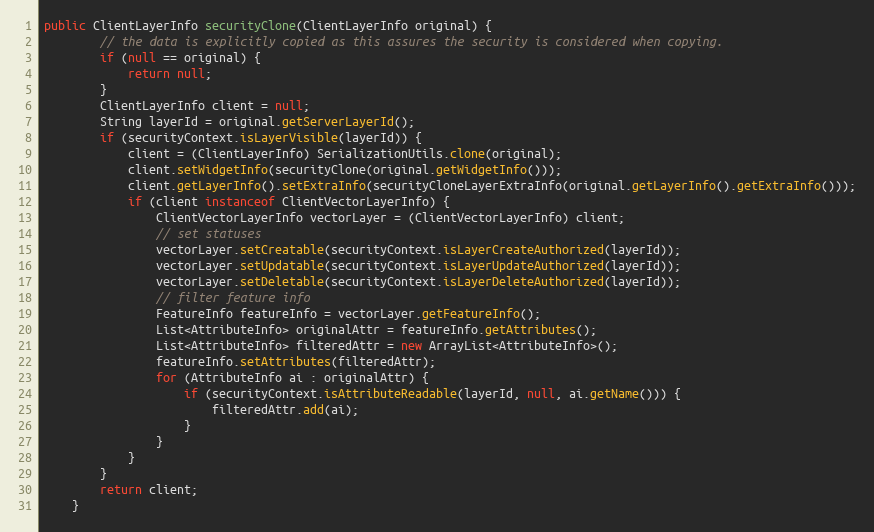
Language: Java
public ClientLayerInfo securityClone(ClientLayerInfo original) {
		// the data is explicitly copied as this assures the security is considered when copying.
		if (null == original) {
			return null;
		}
		ClientLayerInfo client = null;
		String layerId = original.getServerLayerId();
		if (securityContext.isLayerVisible(layerId)) {
			client = (ClientLayerInfo) SerializationUtils.clone(original);
			client.setWidgetInfo(securityClone(original.getWidgetInfo()));
			client.getLayerInfo().setExtraInfo(securityCloneLayerExtraInfo(original.getLayerInfo().getExtraInfo()));
			if (client instanceof ClientVectorLayerInfo) {
				ClientVectorLayerInfo vectorLayer = (ClientVectorLayerInfo) client;
				// set statuses
				vectorLayer.setCreatable(securityContext.isLayerCreateAuthorized(layerId));
				vectorLayer.setUpdatable(securityContext.isLayerUpdateAuthorized(layerId));
				vectorLayer.setDeletable(securityContext.isLayerDeleteAuthorized(layerId));
				// filter feature info
				FeatureInfo featureInfo = vectorLayer.getFeatureInfo();
				List<AttributeInfo> originalAttr = featureInfo.getAttributes();
				List<AttributeInfo> filteredAttr = new ArrayList<AttributeInfo>();
				featureInfo.setAttributes(filteredAttr);
				for (AttributeInfo ai : originalAttr) {
					if (securityContext.isAttributeReadable(layerId, null, ai.getName())) {
						filteredAttr.add(ai);
					}
				}
			}
		}
		return client;
	}